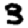
Digit: 3